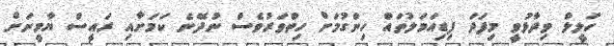
ހަލީލް ވިދާޅުވީ މިފަދަ ފިޑިއަމަލުތައް ހިންގުމަށް ހިތްވަރުވެސް ނުދޭނެ ކަމަށާއި ރައީސް ޔާމީނަށް